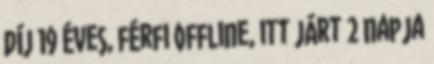
díj 19 éves, férfi Offline, itt járt 2 napja